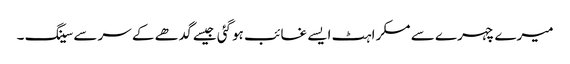
میرے چہرے سے مسکراہٹ ایسے غائب ہوگئی جیسے گدھے کے سرسے سینگ ۔